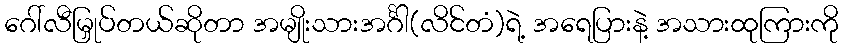
ဂေါ်လီမြှုပ်တယ်ဆိုတာ အမျိုးသားအင်္ဂါ(လိင်တံ)ရဲ့ အရေပြားနဲ့ အသားထုကြားကို